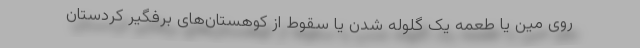
روی مین یا طعمه یک گلوله شدن یا سقوط از کوهستان‌های برفگیر کردستان